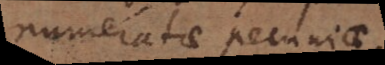
numeratae pecuniae.